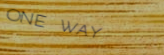
ONE WAY